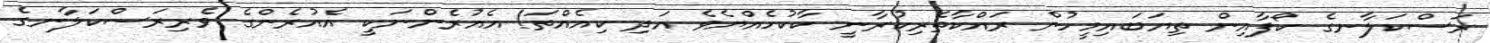
ރަސްކަލާނގެ ކޯފާއިން ތިޔަބައިމީހުން ރައްކާތެރިކުރާނީ ކާކުހެއްޔެވެ އަދި ކިއެއްތަ! އެއުރެންނަކީ އެއުރެންގެ ވެރިރަސްކަލާނގެ